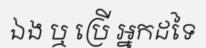
ឯង ឬ ប្រើ អ្នកដទៃ